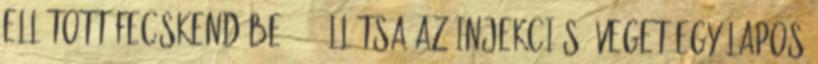
ellátott fecskendőbe. 2. Állítsa az injekciós üveget egy lapos